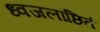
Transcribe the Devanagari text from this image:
ध्वजलांछितं